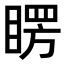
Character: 𥈮